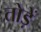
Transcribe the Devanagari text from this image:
तोड़ें